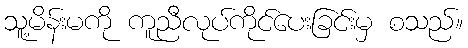
သူ့မိန်းမကို ကူညီလုပ်ကိုင်ပေးခြင်းမှ စသည်။